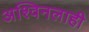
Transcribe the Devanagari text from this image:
अश्विनलाही